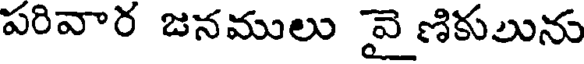
పరివార జనములు వై ణికులును